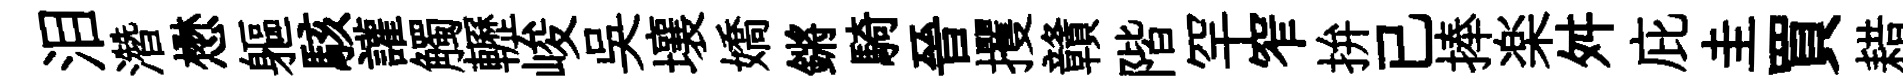
泪濳懋軀駭讙觸轣峻吴壤嬌鏘騎晉攫贛階罕窄拚已捧楽舛庇圭買耤踪